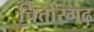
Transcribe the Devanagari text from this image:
चित्तोरगढ़